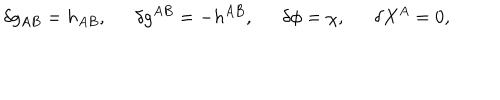
\delta g _ { A B } = h _ { A B } , \delta g ^ { A B } = - h ^ { A B } , \delta \phi = \chi , \delta X ^ { A } = 0 ,